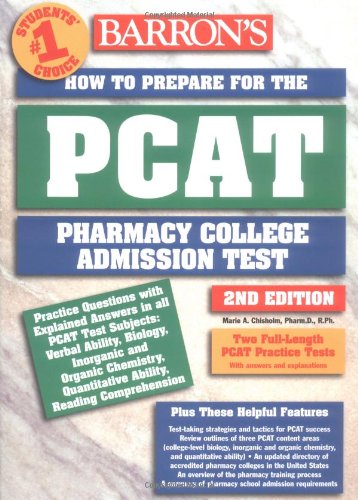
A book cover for How to Prepare for the PCAT: Pharmacy College Admission Test (Barron's How to Prepare for the Pcat Pharmacy College Admission Test); Marie A. Chisholm  Pharm.D.  R.Ph.; Test Preparation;